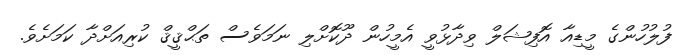
ފުލުހުންގެ މީޑިއާ އޮފިޝަލް ވިދާޅުވީ އެމީހުން ދޫކޮށްލި ނަމަވެސް ތަޙްޤީޤް ކުރިއަށްދާ ކަމަށެވެ.